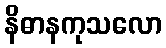
နိဓာနကုသလော